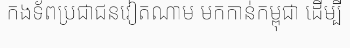
កងទ័ពប្រជាជនវៀតណាម មកកាន់កម្ពុជា ដើម្បី